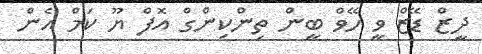
ދީޒް ޑޭޒް ވީ ހޭވް ބީން ތިންކިންގް އޮފް ޔޫ ކަމް އެން